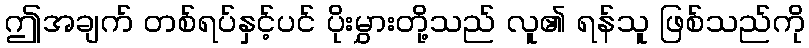
ဤအချက် တစ်ရပ်နှင့်ပင် ပိုးမွှားတို့သည် လူ၏ ရန်သူ ဖြစ်သည်ကို